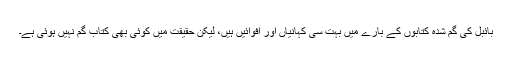
بائبل کی گم شُدہ کتابوں کے بارے میں بہت سی کہانیاں اور افوائیں ہیں، لیکن حقیقت میں کوئی بھی کتاب گم نہیں ہوئی ہے۔